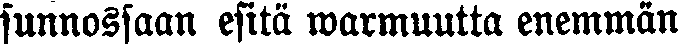
sunnossaan esitä warmuutta enemmän